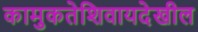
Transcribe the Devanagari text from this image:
कामुकतेशिवायदेखील